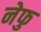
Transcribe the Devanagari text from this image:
नेफु